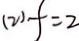
( 2 ) f = 2